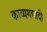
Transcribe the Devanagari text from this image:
काव्यगद्यादी